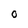
Character: O